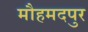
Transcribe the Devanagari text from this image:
मौहमदपुर